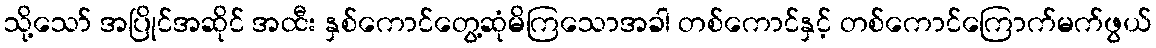
သို့သော် အပြိုင်အဆိုင် အထီး နှစ်ကောင်တွေ့ဆုံမိကြသောအခါ တစ်ကောင်နှင့် တစ်ကောင်ကြောက်မက်ဖွယ်